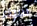
سواء